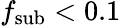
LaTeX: f_{\mathrm{sub}}<0.1